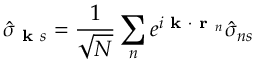
\hat { \sigma } _ { \textbf { k } s } = \frac { 1 } { \sqrt { N } } \sum _ { n } e ^ { i \textbf { k } \cdot \textbf { r } _ { n } } \hat { \sigma } _ { n s }